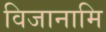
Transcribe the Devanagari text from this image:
विजानामि